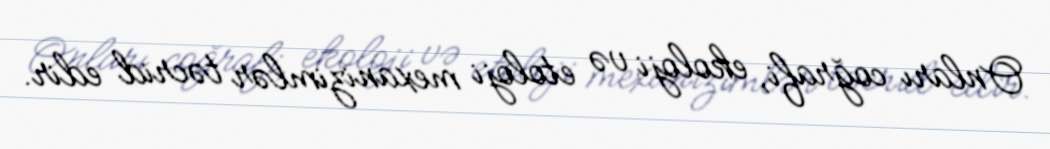
Onları coğrafi, ekoloji və etoloji mexanizimlər təcrid edir.